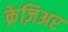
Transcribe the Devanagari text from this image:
क्रेज़िअर